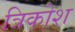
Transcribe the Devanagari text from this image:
त्रिकोश